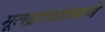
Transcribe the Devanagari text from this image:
मूलद्रव्यांप्रमाणे